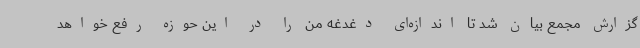
گزارش مجمع بیان شد تا اندازه‌ای دغدغه من را در این حوزه رفع خواهد